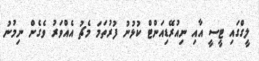
ލީގްގައި ޓީސީ އާއި ނިއުރޭޑިއަންޓް ކުޅުނު ފުރުތަމަ މެޗު އެއްވަރު ވެގެން ނިމުނު